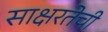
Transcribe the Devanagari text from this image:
साक्षरतेची